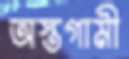
অস্তগামী